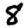
Digit: 8